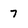
Character: 7